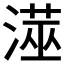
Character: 𭲁